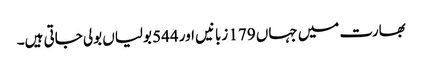
بھارت میں جہاں 179 زبانیں اور 544 بولیاں بولی جاتی ہیں۔